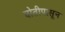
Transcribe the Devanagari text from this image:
घोतीपासून